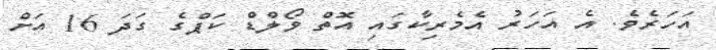
އަހަރެވެ. އެ އަހަރު އެމެރިކާގައި އޮތް ވޯލްޑް ކަޕްގެ ގަދަ 16 އަށް